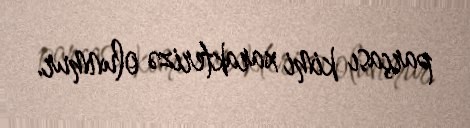
parçası kimi xarakterizə olunmur.